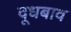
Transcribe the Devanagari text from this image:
दूधबाव